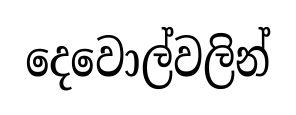
දෙවොල්වලින්